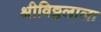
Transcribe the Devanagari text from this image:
श्रीविठ्ठलाला